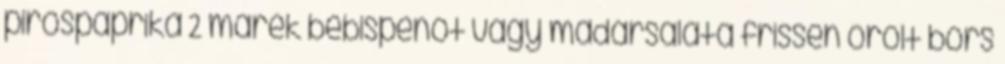
pirospaprika 2 marék bébispenót vagy madársaláta frissen őrölt bors